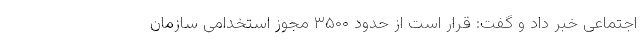
اجتماعی خبر داد و گفت: قرار است از حدود ۳۵۰۰ مجوز استخدامی سازمان